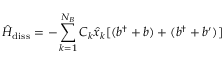
\hat { H } _ { \mathrm { d i s s } } = - \sum _ { k = 1 } ^ { N _ { B } } C _ { k } \hat { x } _ { k } [ ( b ^ { \dagger } + b ) + ( b ^ { \dagger } + b ^ { \prime } ) ]